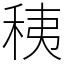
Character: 䄺